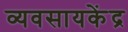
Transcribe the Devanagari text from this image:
व्यवसायकेंद्र